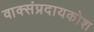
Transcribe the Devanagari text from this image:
वाक्संप्रदायकोश